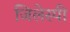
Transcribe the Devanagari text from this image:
जिलेस्पी